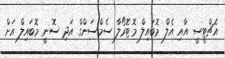
އެޗްޓީސީ އާއި އެލް މޮބައިލް މޮޓޮރޯލާ ސެމްސަންގް އަދި ސޮނީ މޮބައިލް އަށް